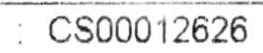
: CS00012626